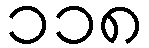
၁၁၈